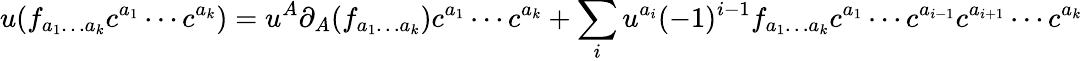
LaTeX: u(f_{a_{1}\ldots a_{k}}c^{a_{1}}\cdots c^{a_{k}})=u^{A}\partial_{A}(f_{a_{1}\ldots a_{k}})c^{a_{1}}\cdots c^{a_{k}}+\sum_{i}u^{a_{i}}(-1)^{i-1}f_{a_{1}\ldots a_{k}}c^{a_{1}}\cdots c^{a_{i-1}}c^{a_{i+1}}\cdots c^{a_{k}}